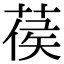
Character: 葔